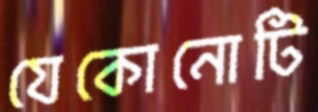
যেকোনোটি